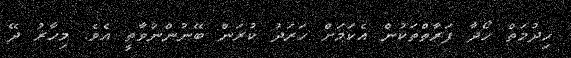
ހިދުމަތް ހޯދާ ފަރާތްތަކުން އެކަމަށް ހަރަދު ކުރަން ބޭނުންނުވާތީ އެވެ. މިހާރު ދޭ